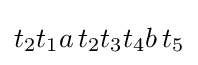
t_{2}t_{1}a\,t_{2}t_{3}t_{4}b\,t_{5}